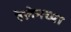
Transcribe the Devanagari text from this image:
हेलेनच्या